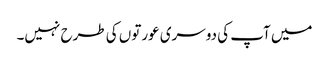
میں آپ کی دوسری عورتوں کی طرح نہیں۔